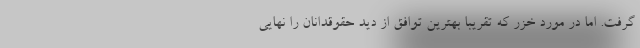
گرفت. اما در مورد خزر که تقریبا بهترین توافق از دید حقوقدانان را نهایی